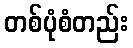
တစ်ပုံစံတည်း